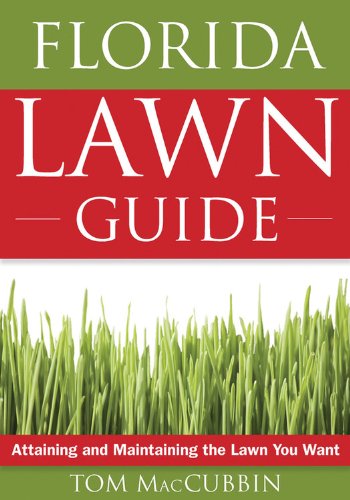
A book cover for Florida Lawn Guide: Attaining and Maintaining the Lawn You Want (Guide to Midwest and Southern Lawns); Tom Macubbin; Crafts, Hobbies & Home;